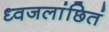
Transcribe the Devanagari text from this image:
ध्वजलांछितं